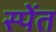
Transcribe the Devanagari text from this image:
स्पेंत